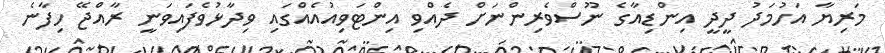
މަރިޔާ އަހުމަދު ދީދީ އިންޑިއާގެ ނޫސްވެރިންނަށް ދެއްވި އިންޓަވިއުއެއްގައި ވިދާޅުވެފައިވަނީ ރާއްޖޭ ހިފާނެ